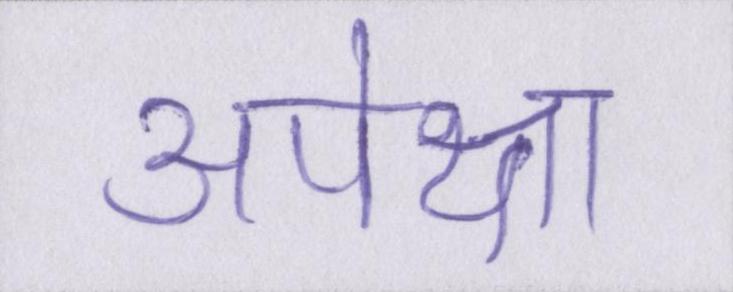
अपेक्षा